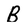
Character: B